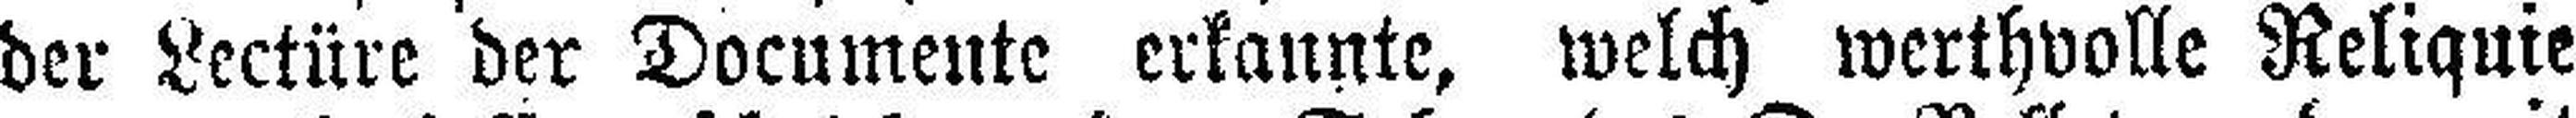
der Lectüre der Documente erkannte, welch werthvolle Reliquie